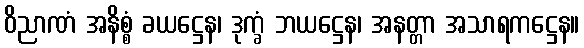
ဝိညာဏံ အနိစ္စံ ခယဋ္ဌေန၊ ဒုက္ခံ ဘယဋ္ဌေန၊ အနတ္တာ အသာရကဋ္ဌေန။